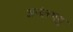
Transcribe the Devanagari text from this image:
अनंतभट्ट